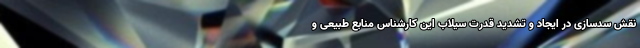
نقش سدسازی در ایجاد و تشدید قدرت سیلاب این کارشناس منابع طبیعی و